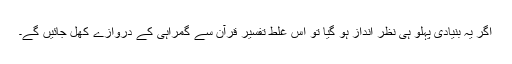
اگر یہ بنیادی پہلو ہی نظر انداز ہو گیا تو اس غلط تفسیرِ قرآن سے گمراہی کے دروازے کھل جائیں گے۔